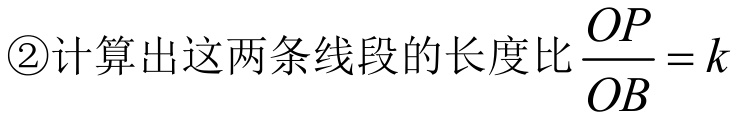
\textcircled{2}计算出这两条线段的长度比\(\dfrac{OP}{OB}=k\)